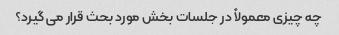
چه چیزی معمولاً در جلسات بخش مورد بحث قرار می گیرد؟